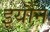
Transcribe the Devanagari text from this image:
इयौन